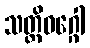
သတ္တိဝဂ္ဂေါ